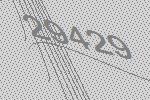
29429